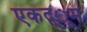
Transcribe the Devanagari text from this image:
एकद्ूम